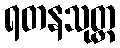
ရတနသုတ္တ